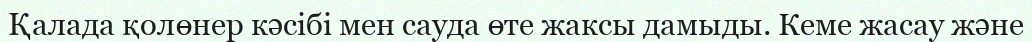
Қалада қолөнер кәсібі мен сауда өте жаксы дамыды. Кеме жасау және